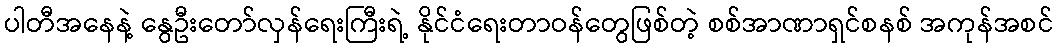
ပါတီအနေနဲ့ နွေဦးတော်လှန်ရေးကြီးရဲ့ နိုင်ငံရေးတာဝန်တွေဖြစ်တဲ့ စစ်အာဏာရှင်စနစ် အကုန်အစင်